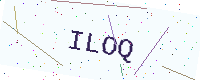
Text: ILOQ